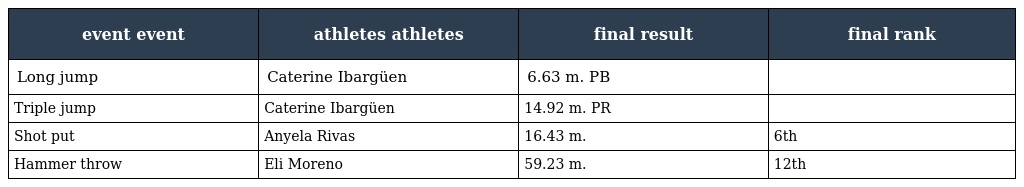
| event event | athletes athletes | final result | final rank |
 | --- | --- | --- | --- |
 | Long jump | Caterine Ibargüen | 6.63 m. PB |  |
 | Triple jump | Caterine Ibargüen | 14.92 m. PR |  |
 | Shot put | Anyela Rivas | 16.43 m. | 6th |
 | Hammer throw | Eli Moreno | 59.23 m. | 12th |